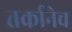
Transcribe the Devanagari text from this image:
तर्कानेच